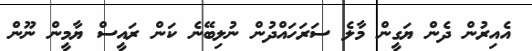
އެއިރުން ދެން ޔަގީން މާލެ ސަރަހައްދުން ނުލިބޭނެ ކަން ރައީސް ޔާމީން ނޫން